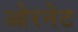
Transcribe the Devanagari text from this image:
ओरनेट